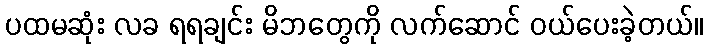
ပထမဆုံး လခ ရရချင်း မိဘတွေကို လက်ဆောင် ဝယ်ပေးခဲ့တယ်။